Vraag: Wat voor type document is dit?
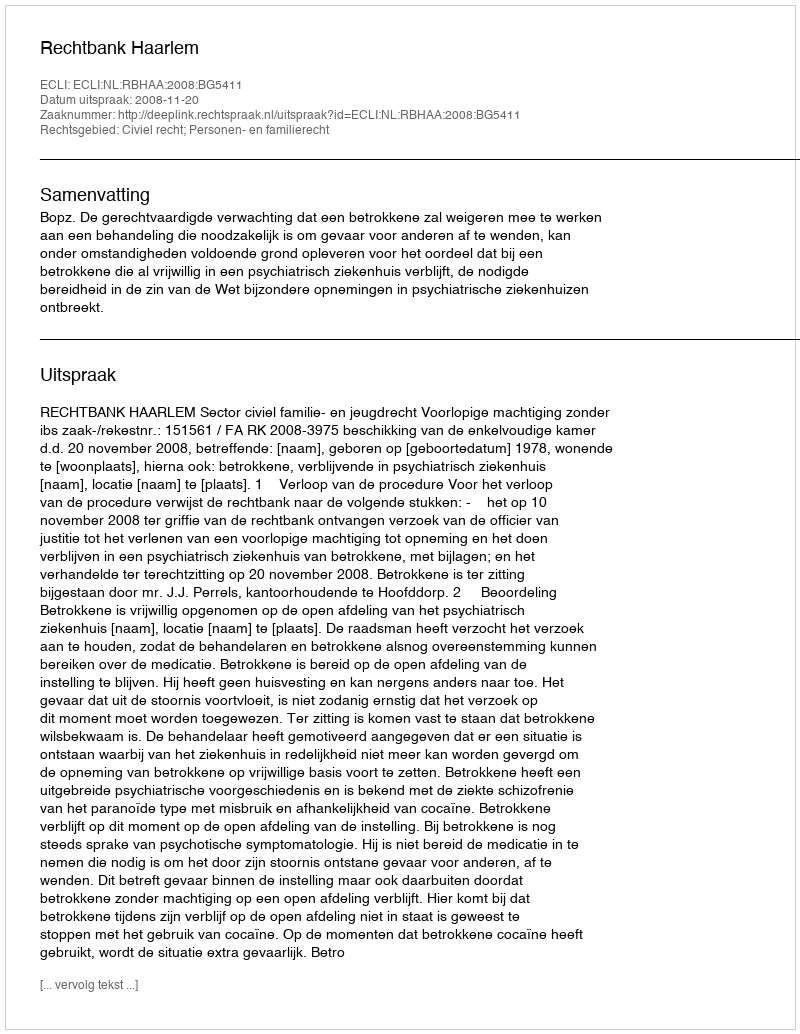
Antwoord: Uitspraak